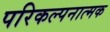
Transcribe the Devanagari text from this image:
परिकल्‍पनात्‍मक